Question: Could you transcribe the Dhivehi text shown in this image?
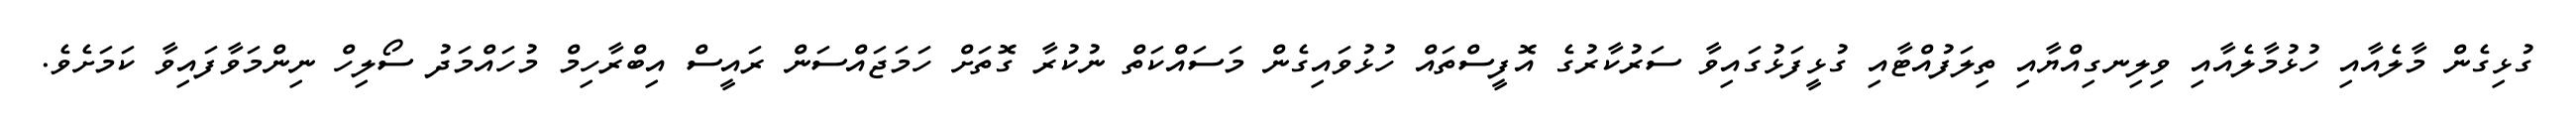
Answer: ގުޅިގެން މާލެއާއި ހުޅުމާލެއާއި ވިލިނގިއްޔާއި ތިލަފުއްޓާއި ގުޅީފަޅުގައިވާ ސަރުކާރުގެ އޮފީސްތައް ހުޅުވައިގެން މަސައްކަތް ނުކުރާ ގޮތަށް ހަމަޖައްސަން ރައީސް އިބްރާހިމް މުހައްމަދު ސޯލިހް ނިންމަވާފައިވާ ކަމަށެވެ.